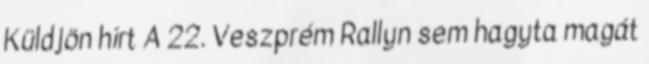
Küldjön hírt A 22. Veszprém Rallyn sem hagyta magát